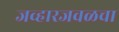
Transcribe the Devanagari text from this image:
जव्हारजवळचा